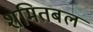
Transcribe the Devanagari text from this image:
शमितबल